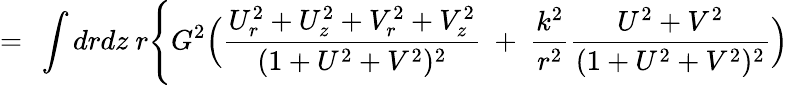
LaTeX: =\ \int drdz\ r\Biggl\{ G^{2}\Bigl({\frac{U_{r}^{2}+U_{z}^{2}+V_{r}^{2}+V_{z}^{2}}{(1+U^{2}+V^{2})^{2}}}\ +\ \frac{k^{2}}{r^{2}}{\frac{U^{2}+V^{2}}{(1+U^{2}+V^{2})^{2}}}\Bigr)